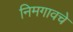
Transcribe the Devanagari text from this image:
निमगावचे